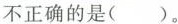
不正确的是()。